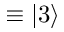
\equiv | 3 \rangle